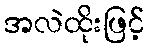
အလဲထိုးဖြင့်